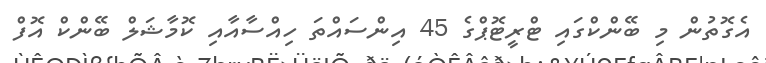
އެގޮތުން މި ބޭންކްގައި ޓްރީޓޮޕްގެ 45 އިންސައްތަ ހިއްސާއާއި ކޮމާޝަލް ބޭންކް އޮފް